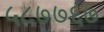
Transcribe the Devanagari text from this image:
५८७७६७